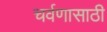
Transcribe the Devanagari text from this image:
चर्वणासाठी